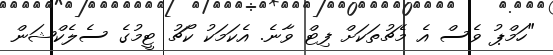
"ހަމްޕު ވެސް އެ މެޗުތަކަށް ފިޓް ވާނެ. އެކަމަކު ކޯޗު ޓީމުގެ ސެލެކްޝަން